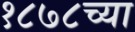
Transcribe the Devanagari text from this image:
१८७८च्या